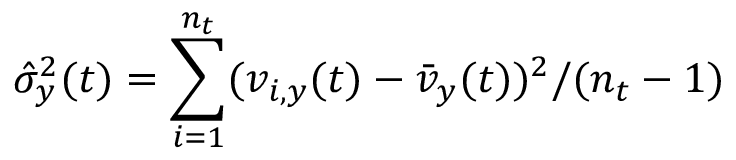
\hat { \sigma } _ { y } ^ { 2 } ( t ) = \sum _ { i = 1 } ^ { n _ { t } } ( v _ { i , y } ( t ) - \bar { v } _ { y } ( t ) ) ^ { 2 } / ( n _ { t } - 1 )